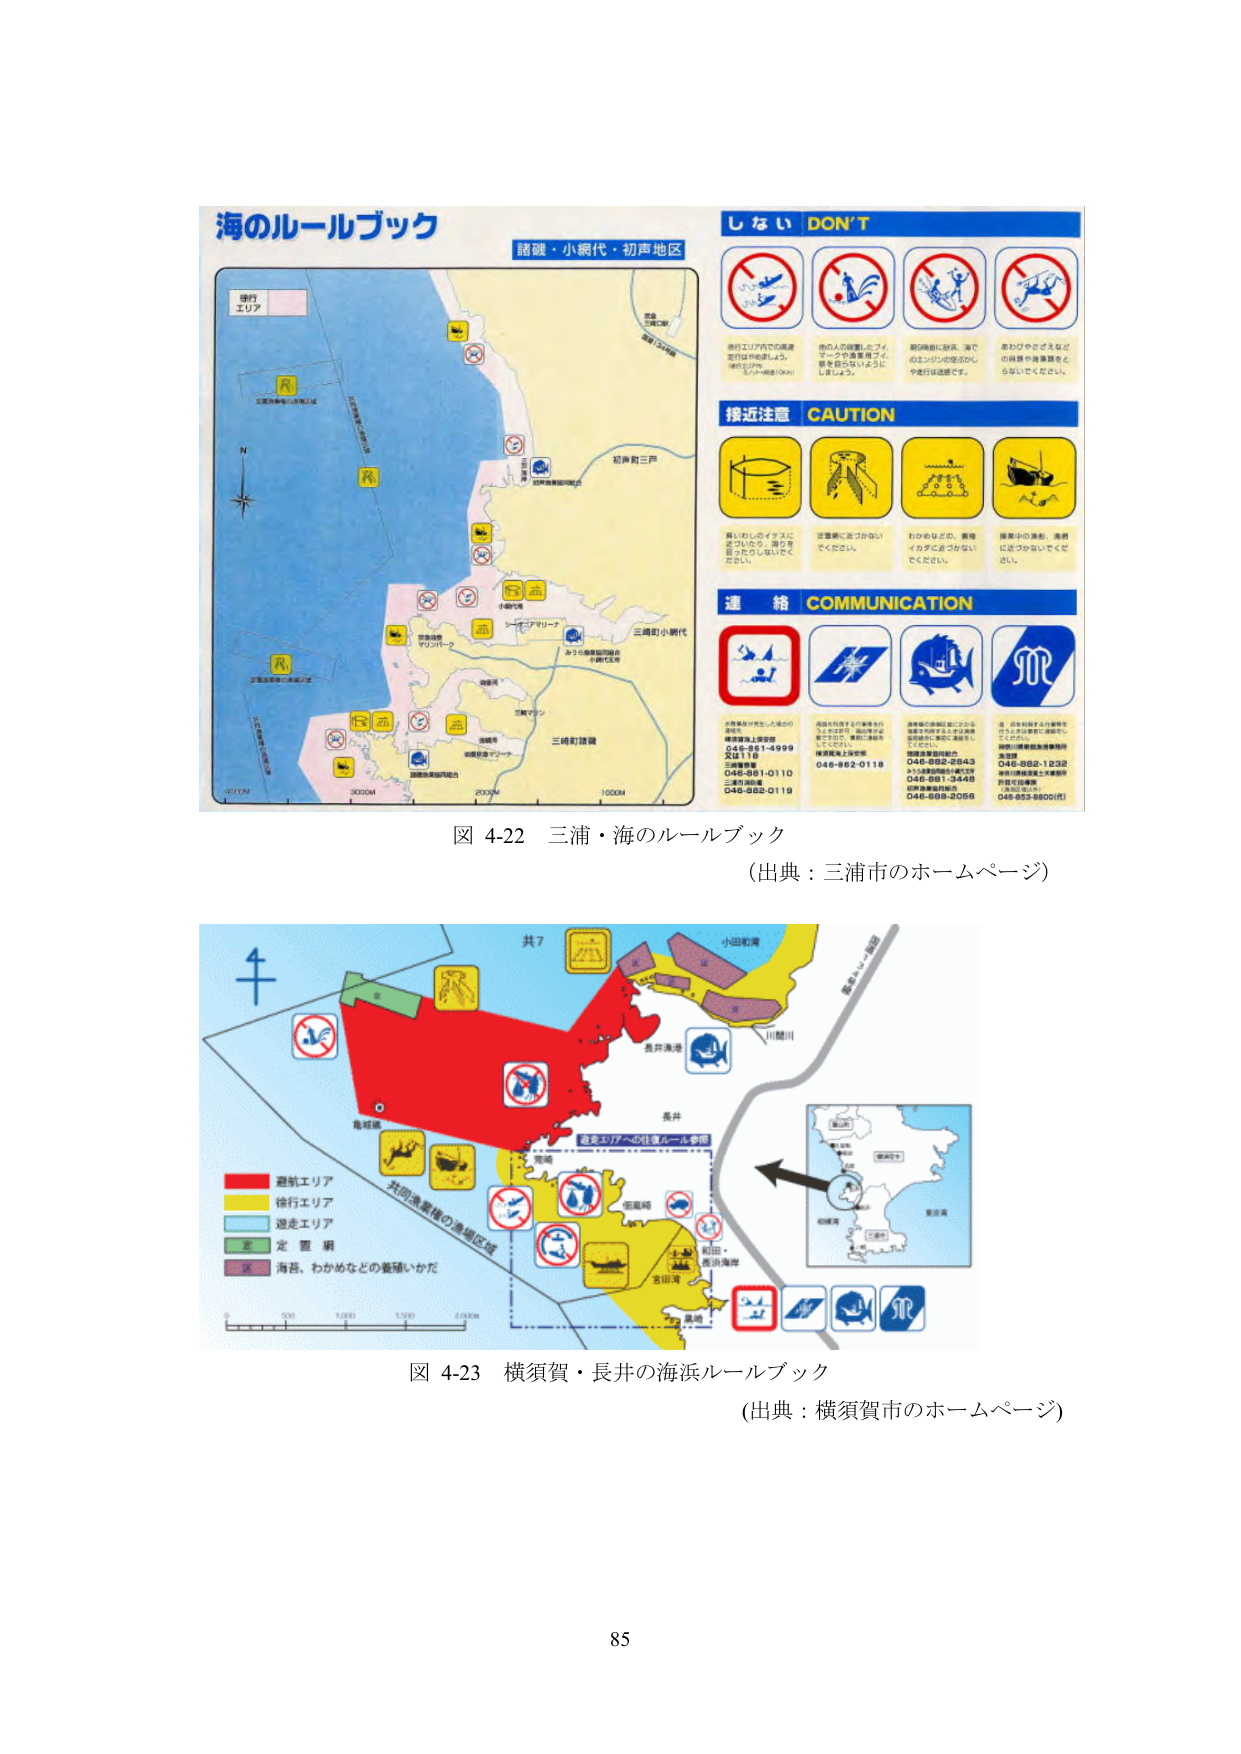
海のルールブック
諸磯・小網代・初声地区

し な い DON'T
（図：禁止行為のアイコン4つ）
- 漁行エリア内での高速走行はおやめください。
- 他の人の設置したブイ、マークや漁業用ブイ、巻き網をはさむようにしませんよう。
- 網の漁船に接近、漁でのエンジンの突き出しや走行は迷惑です。
- あわびやさざえなどの貝類や海藻類をとらないでください。

接近注意 CAUTION
（図：注意事項のアイコン4つ）
- 船いわしのイカスミをついたとき、漁りを妨げないでください。
- 定置網に近づかないでください。
- わかめなどの、養殖イカダに近づかないでください。
- 接岸中の漁船、漁港に近づかないでください。

連 絡 COMMUNICATION
（図：連絡方法のアイコン4つ）
- 漁業者や漁協に連絡する場合、
  横須賀海上保安部 046-851-4999
  又は 110
  三浦警察署 046-861-0110
  三浦市消防本部 046-882-0119
- 漁業者や漁協に連絡する場合、
  横須賀海上保安部 046-862-0118
- 漁業者や漁協に連絡する場合、
  横須賀海上保安部 046-862-2543
  または 046-861-3543
  三浦市漁業協同組合 046-888-2056
- 漁業者や漁協に連絡する場合、
  横須賀海上保安部 046-862-1232
  または 046-853-8800（代）

図 4-22 三浦・海のルールブック
（出典：三浦市のホームページ）

共7
小田町湾
長井漁港
川間川
長井
和田・長浜海岸
吉田湾
島崎
鹿児島

避航エリア
徐行エリア
遊走エリア
定置網
海苔、わかめなどの養殖イカダ

共同漁業権の漁場区域
遊覧エリアへの注意ルール参照

図 4-23 横須賀・長井の海浜ルールブック
（出典：横須賀市のホームページ）

85